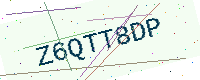
Text: Z6QTT8DP